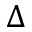
\Delta